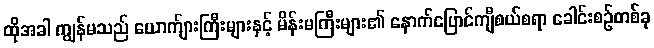
ထိုအခါ ကျွန်မသည် ယောက်ျားကြီးများနှင့် မိန်းမကြီးများ၏ နောက်ပြောင်ကျီစယ်စရာ ခေါင်းစဉ်တစ်ခု